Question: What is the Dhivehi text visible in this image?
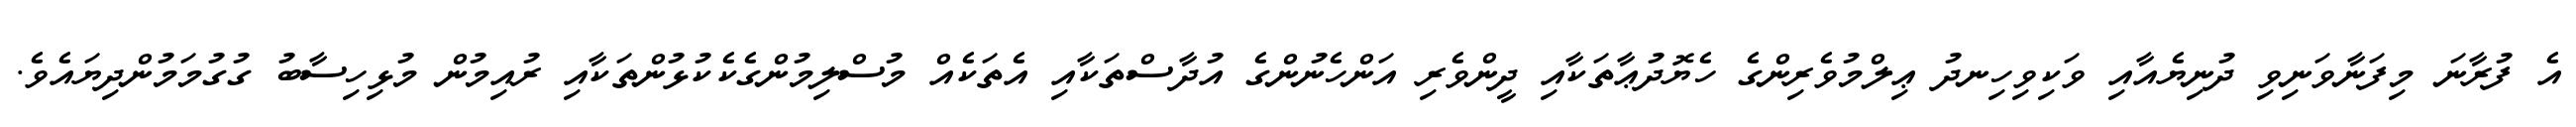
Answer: އެ ފުރާނަ މިފަނާވަނިވި ދުނިޔެއާއި ވަކިވިހިނދު ޢިލްމުވެރިންގެ ހެޔޮދުޢާތަކާއި ދީންވެރި އަންހެނުންގެ އުދާސްތަކާއި އެތަކެއް މުސްލިމުންގެކެކުޅުންތަކާއި ރުއިމުން މުޅިހިސާބު ގުގުމަމުންދިޔައެވެ.